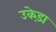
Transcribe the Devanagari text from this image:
उकेड़ा